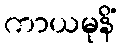
ကာယမုနိံ